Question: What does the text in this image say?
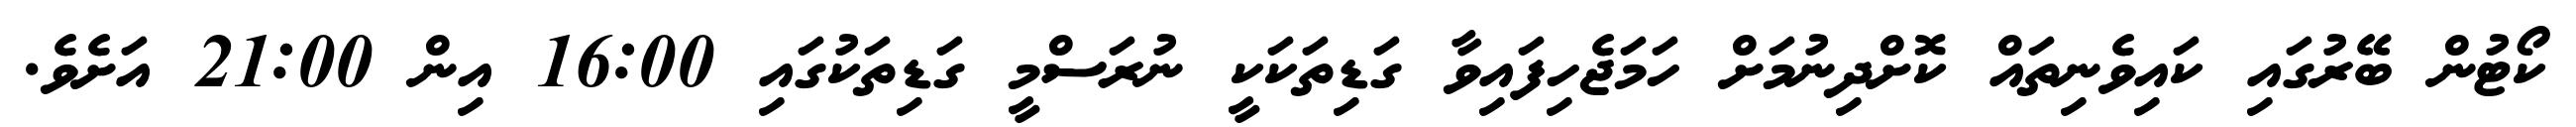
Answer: ކޯޓުން ބޭރުގައި ކައިވެނިތައް ކޮށްދިނުމަށް ހަމަޖެހިފައިވާ ގަޑިތަކަކީ ނުރަސްމީ ގަޑިތަކުގައި 16:00 އިން 21:00 އަށެވެ.